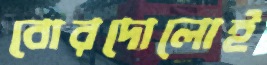
বোরদোলোই